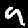
Label: 9